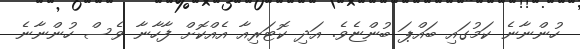
ހުންނާނެ ކަމުގައި ބައްޕަ ބުންޏެވެ. އަދި ކޮޓަރިއާ އެއްކޮށް ފާހާނާ ވެސް ހުންނާނެ